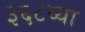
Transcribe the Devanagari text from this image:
३६८व्या